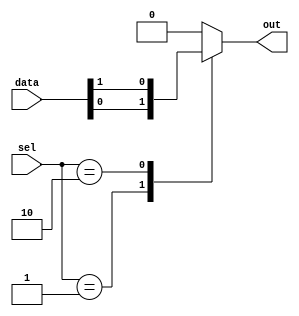
module mux_128to1 (
    input [127:0] data,
    input [6:0] sel,
    output reg out
);

always @(*) begin
    case(sel)
        7'b0000001: out = data[0];
        7'b0000010: out = data[1];
        // Add more cases for remaining input signals
        default: out = 0;
    endcase
end

endmodule